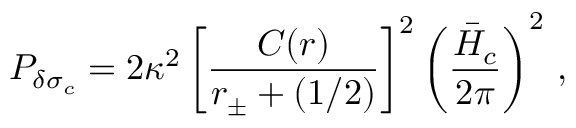
{ \cal P } _ { \delta \sigma _ { c } } = 2 \kappa ^ { 2 } \left[ { \frac { C ( r ) } { r _ { \pm } + ( 1 / 2 ) } } \right] ^ { 2 } \left( { \frac { \bar { H } _ { c } } { 2 \pi } } \right) ^ { 2 } \, ,